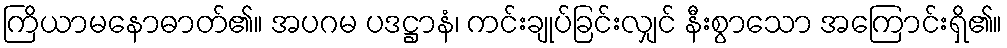
ကြိယာမနောဓာတ်၏။ အပဂမ ပဒဋ္ဌာနံ၊ ကင်းချုပ်ခြင်းလျှင် နီးစွာသော အကြောင်းရှိ၏။